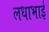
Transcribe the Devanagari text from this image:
लधाभाई